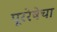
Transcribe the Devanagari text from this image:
पूररेषेचा